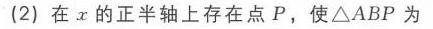
(2) 在\(x\)的正半轴上存在点\(P\)，使\(\triangle ABP\)为